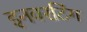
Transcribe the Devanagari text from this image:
इनवरटिंग